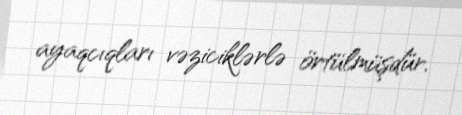
ayaqcıqları vəziciklərlə örtülmüşdür.